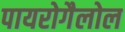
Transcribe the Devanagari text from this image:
पायरोगैलोल